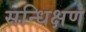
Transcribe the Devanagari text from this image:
सन्धिक्षण